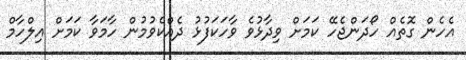
އެހެން ގޮތެއް ހޯދަންޖެހޭ ކަމަށް ވިދާޅުވެ ވާހަކަފުޅު ދެއްކެވުމުން ހާމަވާ ކަމަށް އިލްހާމް